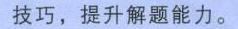
技巧，提升解题能力。